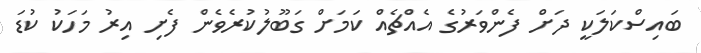
ބައިސްކަލަކީ ދަށް ފެންވަރުގެ އެއްޗެއް ކަމަށް ގަބޫލުކުރެވެން ފެށި އިރު މަހަކު ކުޑަ